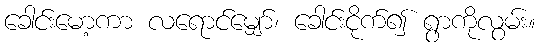
ခေါင်းမော့ကာ လရောင်မျှော်၊ ခေါင်းငိုက်၍ ရွာကိုလွမ်း။